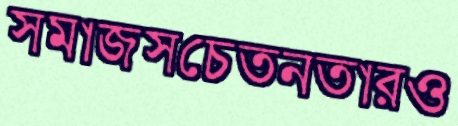
সমাজসচেতনতারও